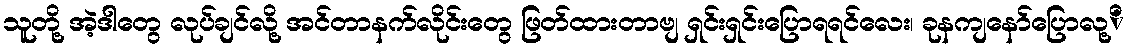
သူတို့ အဲ့ဒါတွေ လုပ်ချင်လို့ အင်တာနက်လိုင်းတွေ ဖြတ်ထားတာဗျ ရှင်းရှင်းပြောရရင်လေး၊ ခုနကျနော်ပြောလု့ိ